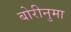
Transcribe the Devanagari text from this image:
बोरीनुमा